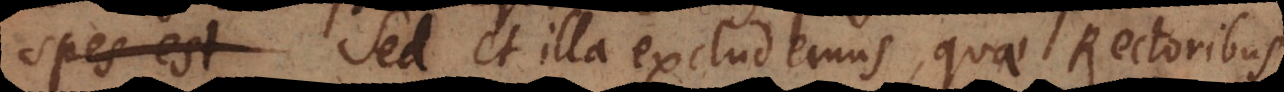
mallent. Sed et illa excludemus, quae Rectoribus